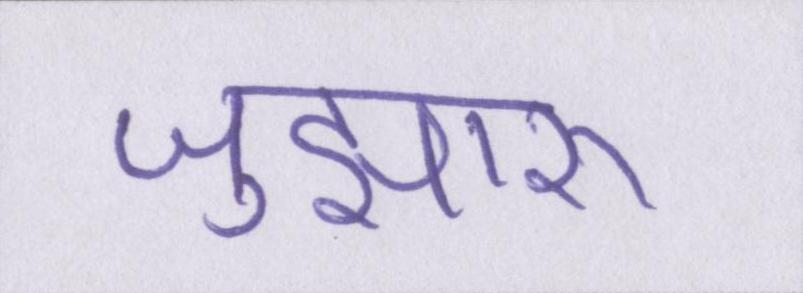
जुझारू